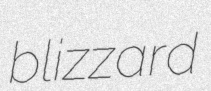
blizzard